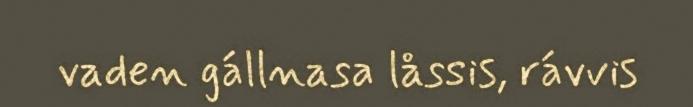
vaden gállnasa låssis, rávvis